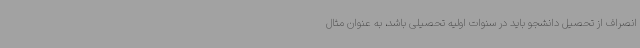
انصراف از تحصیل دانشجو باید در سنوات اولیه تحصیلی باشد، به عنوان مثال